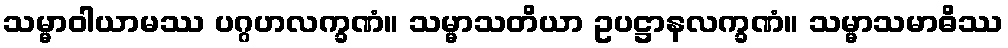
သမ္မာဝါယာမဿ ပဂ္ဂဟလက္ခဏံ။ သမ္မာသတိယာ ဥပဋ္ဌာနလက္ခဏံ။ သမ္မာသမာဓိဿ